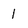
Character: l